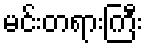
မင်းတရားကြီး